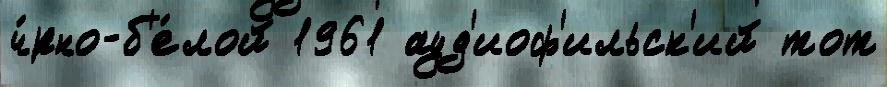
ч́рно-б'е́лой 1961 ауд'иоф'ильск'ий тот